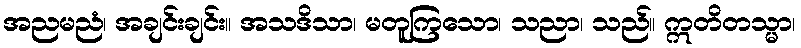
အညမညံ၊ အချင်းချင်း။ အသဒိသာ၊ မတူကြသော၊ သညာ၊ သည်။ ဣတိတသ္မာ၊